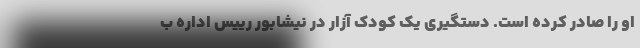
او را صادر کرده است. دستگیری یک کودک آزار در نیشابور رییس اداره ب